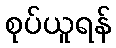
စုပ်ယူရန်